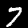
Label: 7